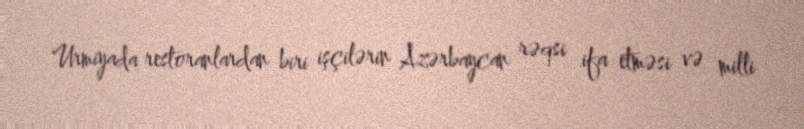
Urmiyada restoranlardan biri işçilərin Azərbaycan rəqsi ifa etməsi və milli